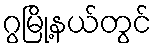
ဂွမြို့နယ်တွင်